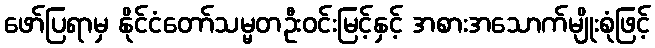
ဖော်ပြရာမှ နိုင်ငံတော်သမ္မတဦးဝင်းမြင့်နှင့် အစားအသောက်မျိုးစုံဖြင့်